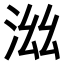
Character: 𣳯